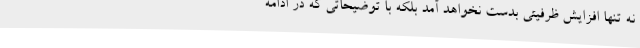
نه تنها افزایش ظرفیتی بدست نخواهد آمد بلکه با توضیحاتی که در ادامه